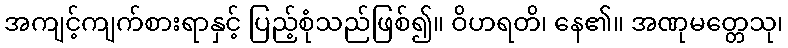
အကျင့်ကျက်စားရာနှင့် ပြည့်စုံသည်ဖြစ်၍။ ဝိဟရတိ၊ နေ၏။ အဏုမတ္တေသု၊